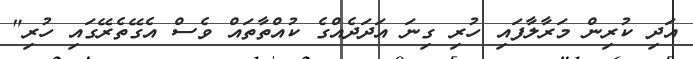
އަދި ކުރިން މަރާލާފައި ހުރި ގިނަ އަދަދެއްގެ ކުއްތާތައް ވެސް އެގޭތެރޭގައި ހުރި"